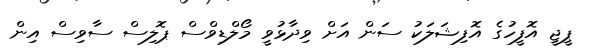
ޕީޖީ އޮފީހުގެ އޮފިޝަލަކު ސަން އަށް ވިދާޅުވީ މޯލްޑިވްސް ޕޮލިސް ސާވިސް އިން